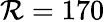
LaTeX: \mathcal{R}=170